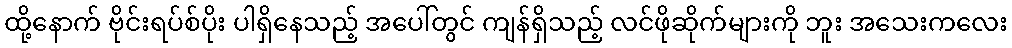
ထို့နောက် ဗိုင်းရပ်စ်ပိုး ပါရှိနေသည့် အပေါ်တွင် ကျန်ရှိသည့် လင်ဖိုဆိုက်များကို ဘူး အသေးကလေး